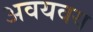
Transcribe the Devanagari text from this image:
अवयवय